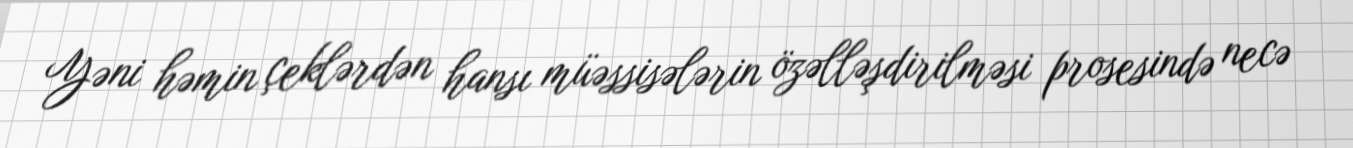
Yəni həmin çeklərdən hansı müəssisələrin özəlləşdirilməsi prosesində necə